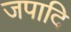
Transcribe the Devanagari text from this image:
जपादि